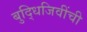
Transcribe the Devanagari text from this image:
बुद्धिजिवींची